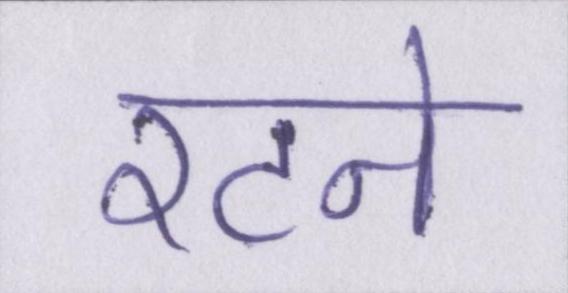
रटने